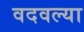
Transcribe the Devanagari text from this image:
वदवल्या